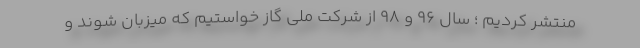
منتشر کردیم ؛ سال ٩۶ و ٩٨ از شرکت ملی گاز خواستیم که میزبان شوند و